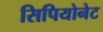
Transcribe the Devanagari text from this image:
सिपियोनेट